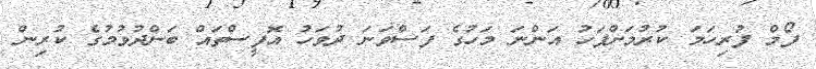
ފޯމް ފުރިހަމަ ކުރުމަށްފަހު އަންނަ މަހުގެ ފަސްވަނަ ދުވަހު އޮފީސްތައް ބަންދުވުމުގެ ކުރިން